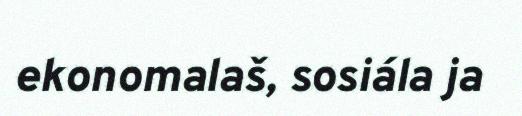
ekonomalaš, sosiála ja